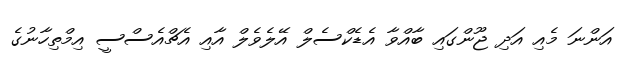
އަންނަ މެއި އަދި ޖޫންގައި ބާއްވާ އެޑެކްސެލް އޭލެވެލް އާއި އެޗްއެސްސީ އިމްތިހާނުގެ